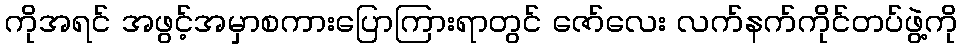
ကိုအရင် အဖွင့်အမှာစကားပြောကြားရာတွင် ဇော်လေး လက်နက်ကိုင်တပ်ဖွဲ့ကို